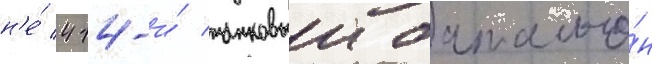
н'е́ 414-и́ танковыи батальо́н